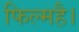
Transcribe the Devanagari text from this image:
फिल्महै।